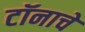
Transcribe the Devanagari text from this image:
टॉनाचे